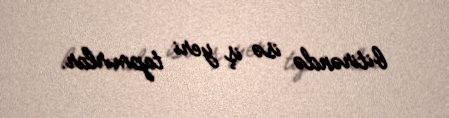
bitirəndə isə iş yeri tapmırlar.